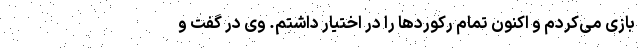
بازی می‌کردم و اکنون تمام رکوردها را در اختیار داشتم. وی در گفت و